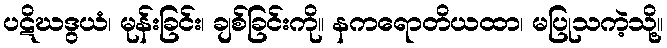
ပဋိဃဒွယံ၊ မုန်းခြင်း၊ ချစ်ခြင်းကို။ နကရောတိယထာ၊ မပြုသကဲ့သို့။